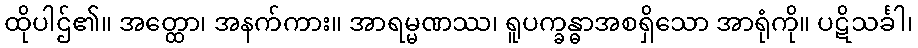
ထိုပါဌ်၏။ အတ္ထော၊ အနက်ကား။ အာရမ္မဏဿ၊ ရူပက္ခန္ဓာအစရှိသော အာရုံကို။ ပဋိသင်္ခါ၊